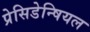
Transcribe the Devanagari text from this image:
प्रेसिडेन्षियल